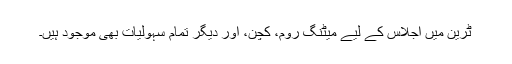
ٹرین میں اجلاس کے لیے میٹنگ روم، کچن، اور دیگر تمام سہولیات بھی موجود ہیں۔